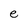
Character: e